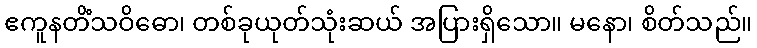
ဧကူနတိံသဝိဓော၊ တစ်ခုယုတ်သုံးဆယ် အပြားရှိသော။ မနော၊ စိတ်သည်။